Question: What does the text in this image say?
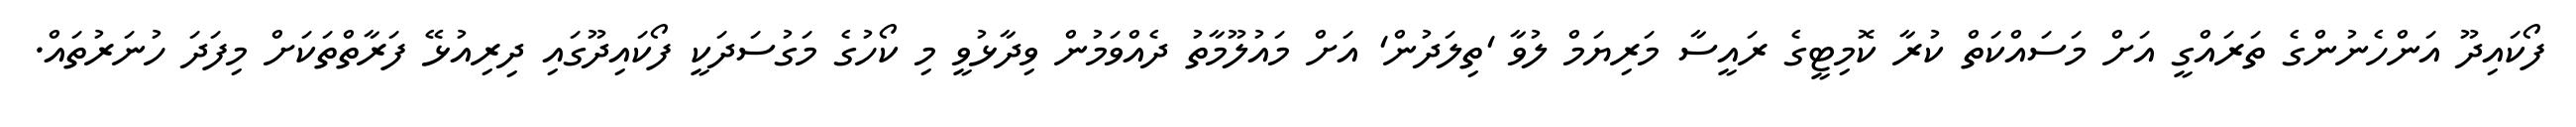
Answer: ފޯކައިދޫ އަންހެނުންގެ ތަރައްގީ އަށް މަސައްކަތް ކުރާ ކޮމިޓީގެ ރައީސާ މަރިޔަމް ލުވާ 'ތިލަދުން' އަށް މައުލޫމާތު ދެއްވަމުން ވިދާޅުވީ މި ކޯހުގެ މަގުސަދަކީ ފޯކައިދޫގައި ދިރިއުޅޭ ފަރާތްތަކަށް މިފަދަ ހުނަރުތައް.